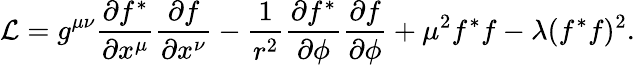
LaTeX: {\cal L}=g^{\mu\nu}\frac{\partial f^{*}}{\partial x^{\mu}}\frac{\partial f}{\partial x^{\nu}}-\frac{1}{r^{2}}\frac{\partial f^{*}}{\partial\phi}\frac{\partial f}{\partial\phi}+\mu^{2}f^{*}f-\lambda(f^{*}f)^{2}.